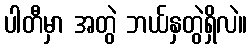
ပါတီမှာ အတွဲ ဘယ်နှတွဲရှိလဲ။